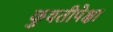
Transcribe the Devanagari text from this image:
कुवतीपेक्षा